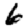
Digit: 6